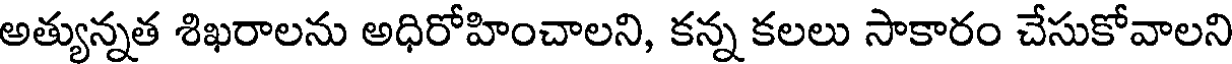
అత్యున్నత శిఖరాలను అధిరోహించాలని, కన్న కలలు సాకారం చేసుకోవాలని